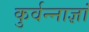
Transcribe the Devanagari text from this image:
कुर्वन्नाज्ञां